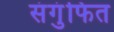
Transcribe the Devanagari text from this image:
संगुंफित